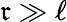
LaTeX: \mathfrak{r}\gg\ell